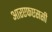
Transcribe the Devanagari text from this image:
आरएफएससी